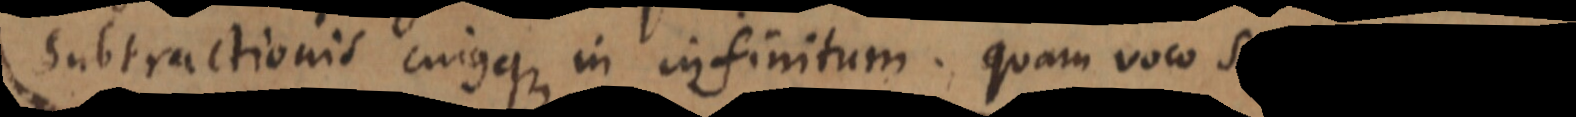
subtractionis cuique in infinitum. Quam voco s